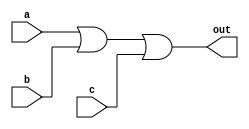
module three_input_or_gate (
    input wire a,
    input wire b,
    input wire c,
    output wire out
);

    assign out = (a | b | c);

endmodule